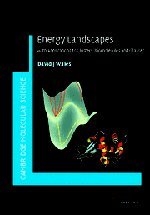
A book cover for Energy Landscapes: Applications to Clusters, Biomolecules and Glasses (Cambridge Molecular Science); David Wales; Science & Math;